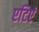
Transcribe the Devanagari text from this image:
एटिएं